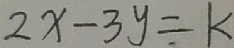
2 x - 3 y = k